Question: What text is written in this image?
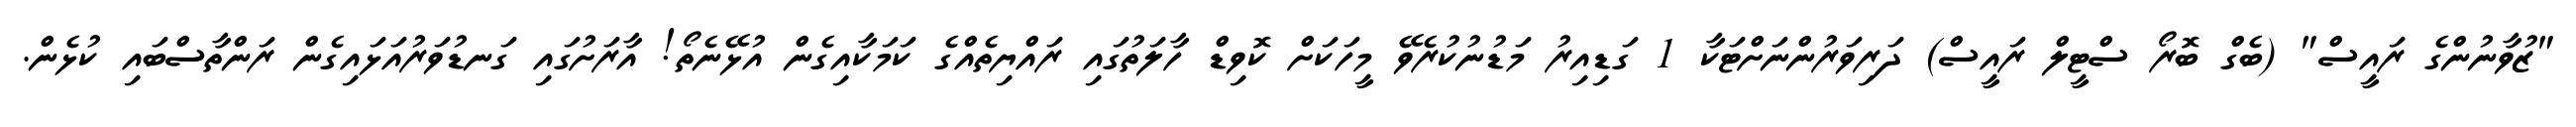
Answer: "ޒުވާނުންގެ ރައީސް" (ބެގް ބޮރޯ ސްޓީލް ރައީސް) ދަރިވަރުންނަށްޓަކާ 1 ގަޑިއިރު މަޑުނުކުރެވޭ މީހަކަށް ކޮވިޑް ހާލަތުގައި ރައްޔިތެއްގެ ކަމަކާއިގެން އުޅޭނެތޯ! އާރަށުގައި ގަނޑުވަރުއަޅައިގެން ރަންތާސްބައި ކުޅެން.